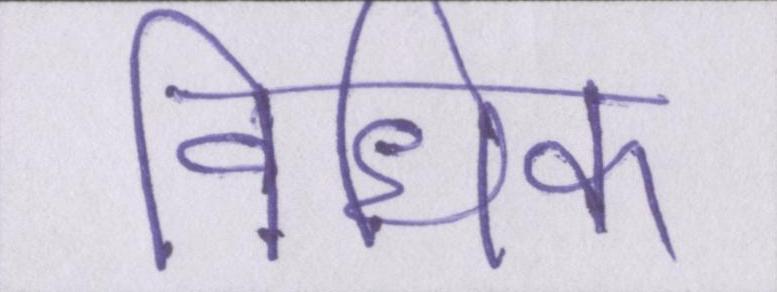
विधिक